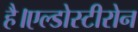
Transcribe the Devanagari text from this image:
है।एल्डोस्टीरोन